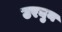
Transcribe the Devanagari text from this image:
उरघुन